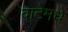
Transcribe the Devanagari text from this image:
वाटेमधे